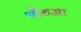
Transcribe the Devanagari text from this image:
भौरुआ